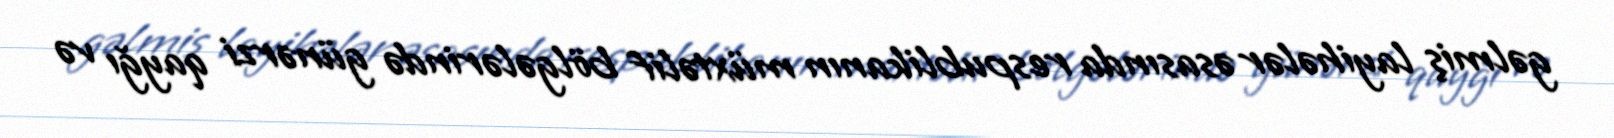
gəlmiş layihələr əsasında respublikanın müxtəlif bölgələrində günərzi qayğı və